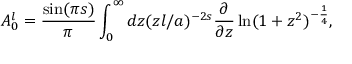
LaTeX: A _ { 0 } ^ { l } = { \frac { \sin ( \pi s ) } { \pi } } \int _ { 0 } ^ { \infty } d z ( z l / a ) ^ { - 2 s } { \frac { \partial } { \partial z } } \ln ( 1 + z ^ { 2 } ) ^ { - { \frac { 1 } { 4 } } } ,